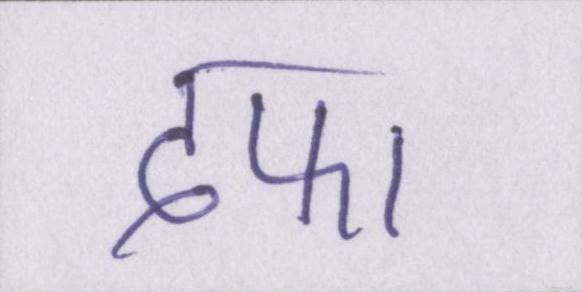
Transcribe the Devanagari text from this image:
दफा